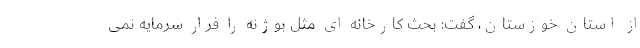
از استان خوزستان، گفت: بحث کارخانه ای مثل بوژنه را فرار سرمایه نمی